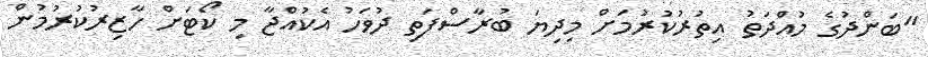
"ބަންދުގެ މުއްދަތު އިތުރުކުރުމަށް މިދިޔަ ބުރާސްފަތި ދުވަހު އެކުއްޖާ މި ކޯޓަށް ހާޒިރުކުރުމުން